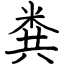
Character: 粪